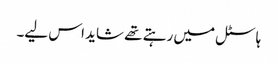
ہاسٹل میں رہتے تھے شاید اس لیے۔